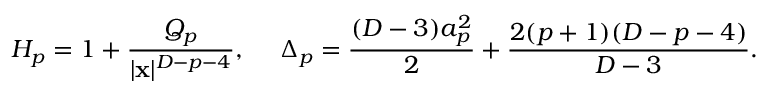
H _ { p } = 1 + { \frac { Q _ { p } } { | { \bf x } | ^ { D - p - 4 } } } , \ \ \ \ \Delta _ { p } = { \frac { ( D - 3 ) a _ { p } ^ { 2 } } { 2 } } + { \frac { 2 ( p + 1 ) ( D - p - 4 ) } { D - 3 } } .